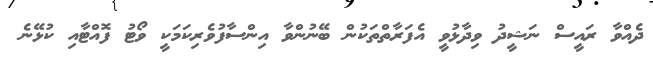
ދެއްވާ ރައީސް ނަޝީދު ވިދާޅުވީ އެފަރާތްތަކުން ބޭނުންވާ އިންސާފުވެރިކަމަކީ ވޯޓު ފޮއްޓާއި ކުޅޭނެ